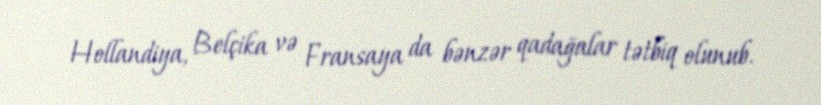
Hollandiya, Belçika və Fransaya da bənzər qadağalar tətbiq olunub.